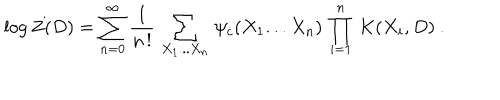
\left. \log Z ( D ) = \sum _ { n = 0 } ^ { \infty } \frac { 1 } { n \, ! } \, \sum _ { X _ { 1 } . . . X _ { n } } \, \psi _ { c } ( X _ { 1 } . . . X _ { n } ) \, \prod _ { i = 1 } ^ { n } \, K ( X _ { i } , D ) \ . \right.